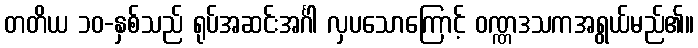
တတိယ ၁၀-နှစ်သည် ရုပ်အဆင်းအင်္ဂါ လှပသောကြောင့် ဝဏ္ဏဒသကအရွယ်မည်၏။